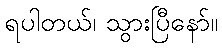
ရပါတယ်၊ သွားပြီနော်။